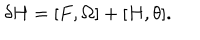
LaTeX: \delta H = [ F , \Omega ] + [ H , \theta ] .